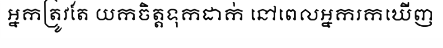
អ្នកត្រូវតែ យកចិត្តទុកដាក់ នៅពេលអ្នករកឃើញ